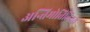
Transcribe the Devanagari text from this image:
अन्तिमोतिलितय